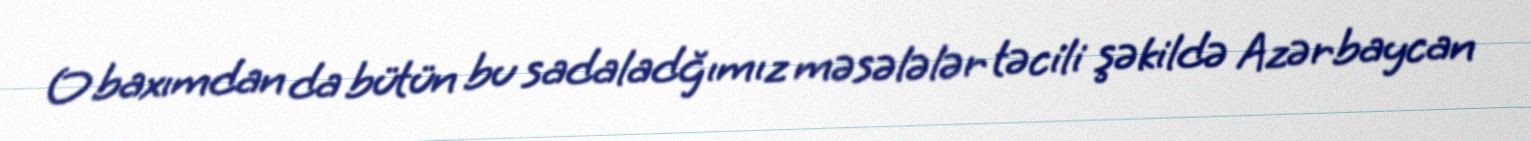
O baxımdan da bütün bu sadaladğımız məsələlər təcili şəkildə Azərbaycan